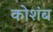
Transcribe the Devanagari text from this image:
कोशंब